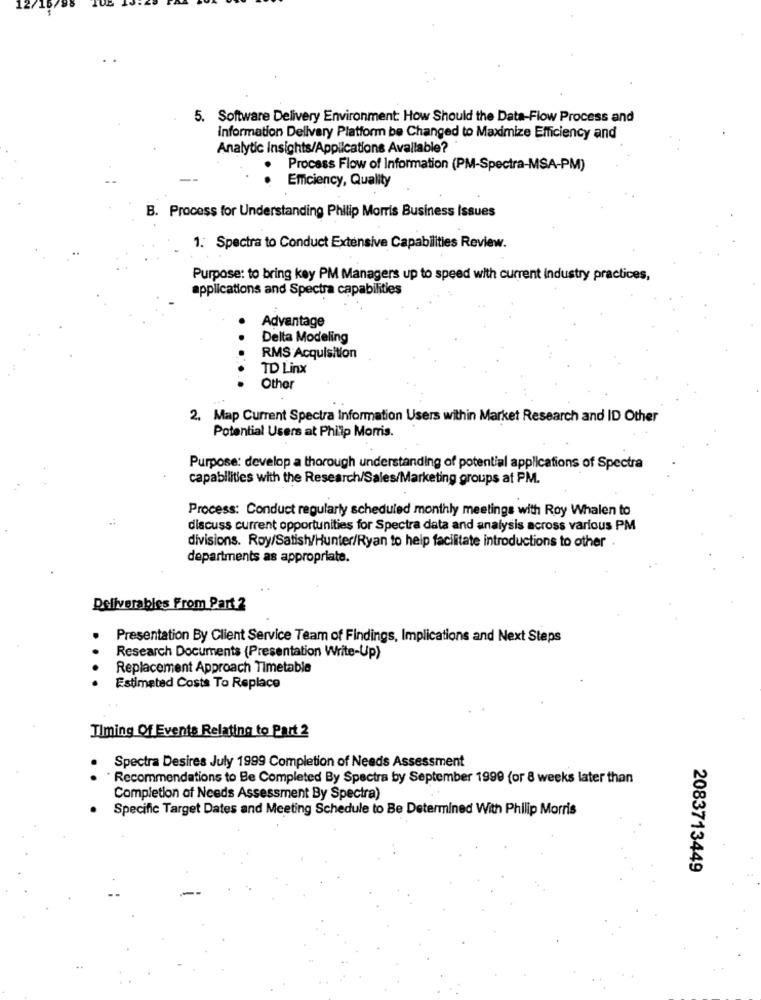
5. Software Delivery Environment: How Should the Data-Flow Process and
Information Delivery Platform be Changed to Maximize Efficiency and
Analytic insights/Applications Available?
Process Flow of Information (PM-Spectra-MSA-PM)
Emciency, Quality
B. Process for Understanding Philip Morris Business Issues
1. Spectra to Conduct Extensive Capabilities Review.
Purpose: to bring key PM Managers up to speed with current industry practices,
applications and Spectra capabilities
Advantage
Delta Modeling
RMS Acquisition
TD Linx
Other
2. Map Current Spectra Information Users within Market Research and ID Other
Potential Users at Philip Morris.
Purpose: develop a thorough understanding of potential applications of Spectra
capabilities with the Research/Sales/Marketing groups af PM.
Process: Conduct regularly scheduled monthly meetings with Roy Whalen to
discuss current opportunities for Spectra data and analysis across various PM
divisions. Roy/Satish/Hunter/Ryan to help facilitate introductions to other
departments as appropriate.
Deliverables From Part 2
Presentation By Client Service Team of Findings, Implications and Next Steps
Research Documents (Presentation Write-Up)
Replacement Approach Timetable
Estimated Costs To Replace
Timing Of Events Relating to Part 2
Spectra Desires July 1999 Completion of Needs Assessment
Recommendations to Be Completed By Spectra by September 1999 (or 8 weeks later than
Completion of Needs Assessment By Spectra)
Specific Target Dates and Meeting Schedule to Be Determined With Philip Morris
2083713449